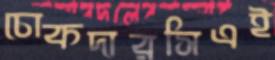
চোকদারসিএই